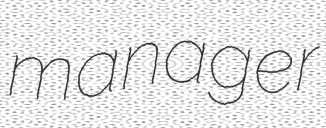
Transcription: manager